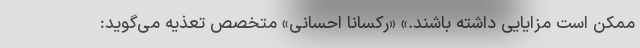
ممکن است مزایایی داشته باشند.» «رکسانا احسانی» متخصص تعذیه می‌گوید: